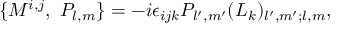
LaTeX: \{ M ^ { i , j } , \ P _ { l , m } \} = - i \epsilon _ { i j k } P _ { l ^ { \prime } , m ^ { \prime } } ( L _ { k } ) _ { l ^ { \prime } , m ^ { \prime } ; l , m } ,